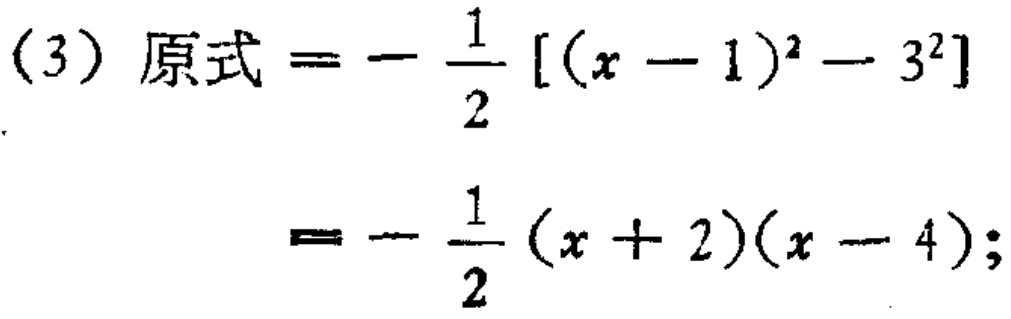
（3）原式\(=-\frac{1}{2}[(x - 1)^2 - 3^2]\)
\(=-\frac{1}{2}(x + 2)(x - 4);\)